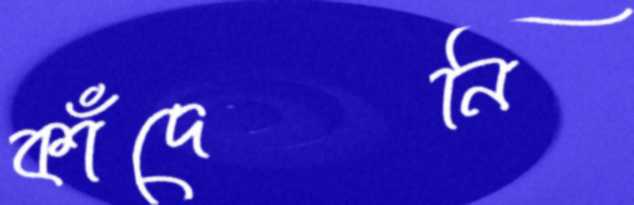
কাঁদেনি